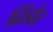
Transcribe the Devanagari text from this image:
ढिंडोर